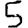
Digit: 5